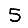
Digit: 5